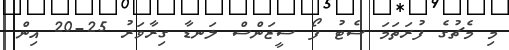
މި މެޗުގެ ފުރަތަމަ ސެޓު ފޯ ސީޒަންސް ލަނޑާ ގިރާވަރު 25-20 އިން